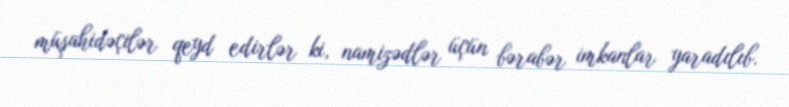
müşahidəçilər qeyd edirlər ki, namizədlər üçün bərabər imkanlar yaradılıb.